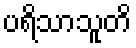
ပရိသာသူတိ